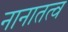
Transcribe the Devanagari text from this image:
नानातत्व